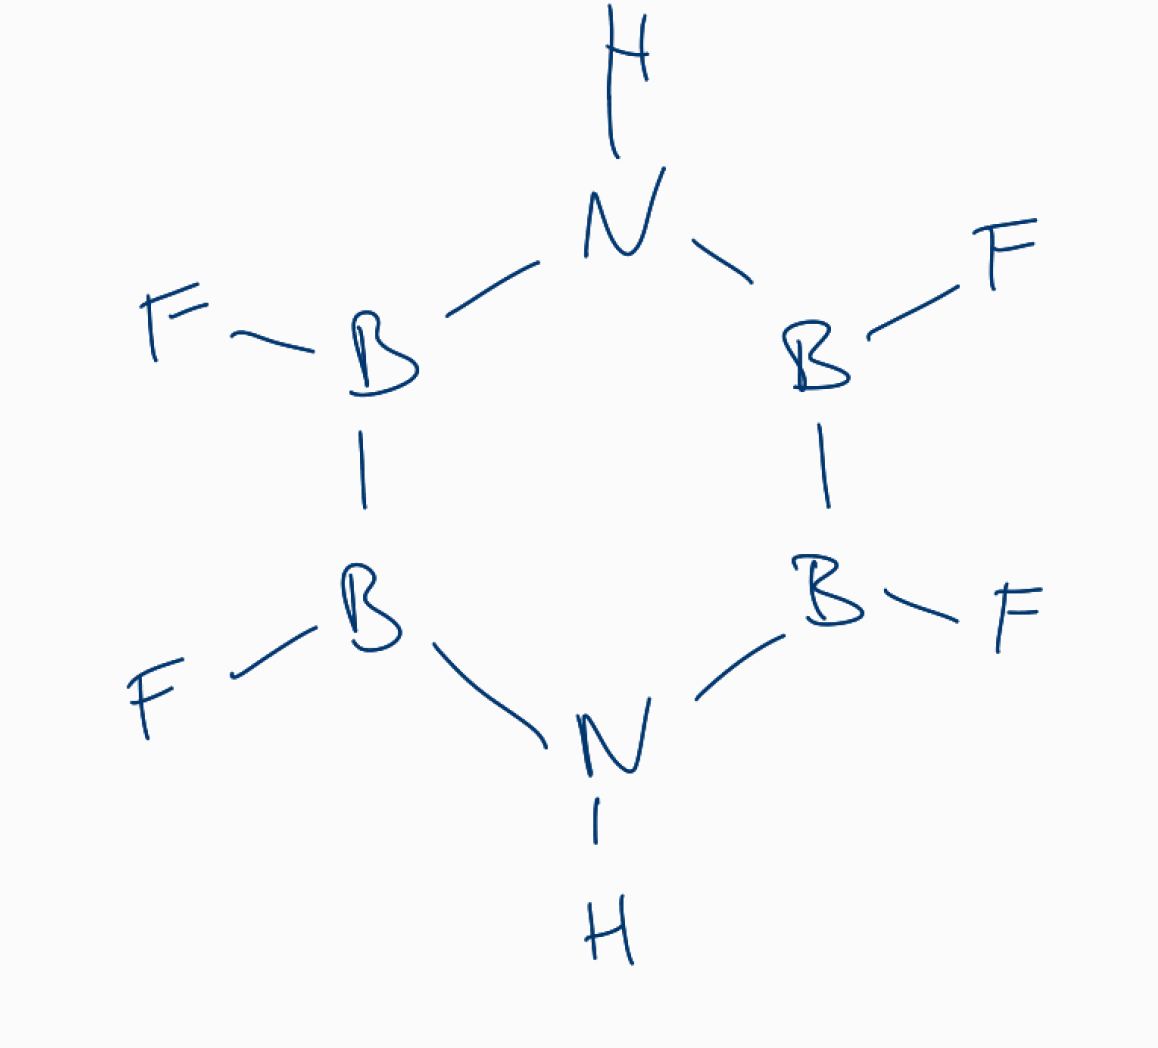
Simplified molecular-input line-entry system (SMILES) notation of the given molecule:
B1(B(NB(B(N1)F)F)F)F